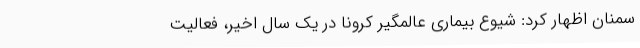
سمنان اظهار کرد: شیوع بیماری عالمگیر کرونا در یک سال اخیر، فعالیت